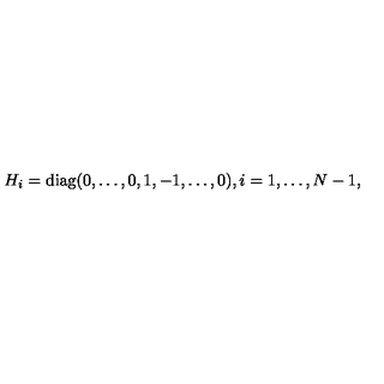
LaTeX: H _ { i } = \mathrm { d i a g } ( 0 , \ldots , 0 , 1 , - 1 , \ldots , 0 ) , i = 1 , \ldots , N - 1 ,